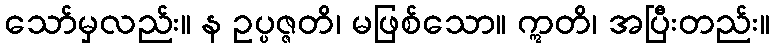
သော်မှလည်း။ န ဥပ္ပဇ္ဇတိ၊ မဖြစ်သော။ ဣတိ၊ အပြီးတည်း။